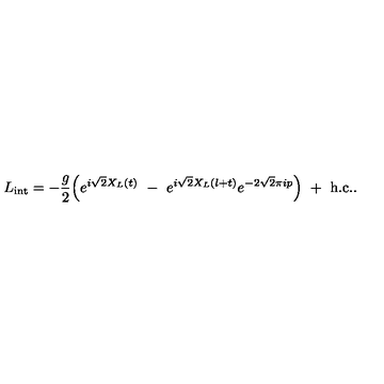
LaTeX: L _ { \mathrm { i n t } } = - { \frac { g } { 2 } } \Bigl ( e ^ { i \sqrt { 2 } X _ { L } ( t ) } \ - \ e ^ { i \sqrt { 2 } X _ { L } ( l + t ) } e ^ { - 2 \sqrt { 2 } \pi i p } \Bigr ) \ + \ \mathrm { h . c . } .